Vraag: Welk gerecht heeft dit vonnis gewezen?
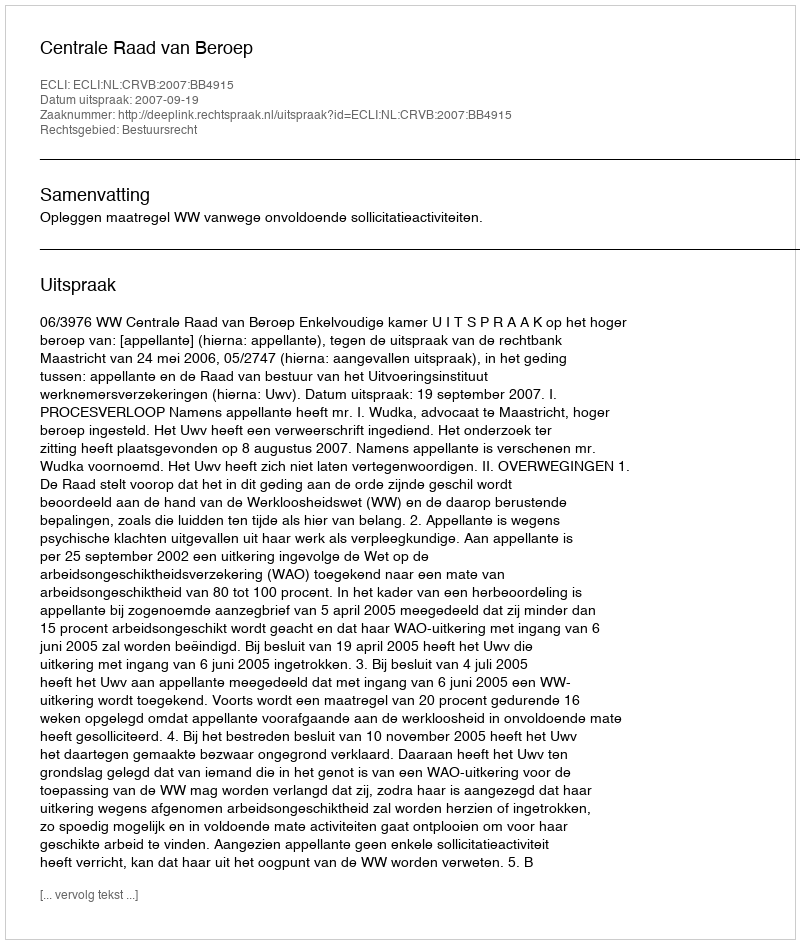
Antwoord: Centrale Raad van Beroep